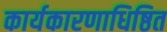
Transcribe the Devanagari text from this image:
कार्यकारणाधिष्ठित